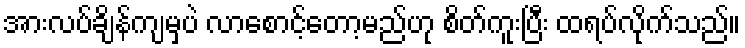
အားလပ်ချိန်ကျမှပဲ လာစောင့်တော့မည်ဟု စိတ်ကူးပြီး ထရပ်လိုက်သည်။